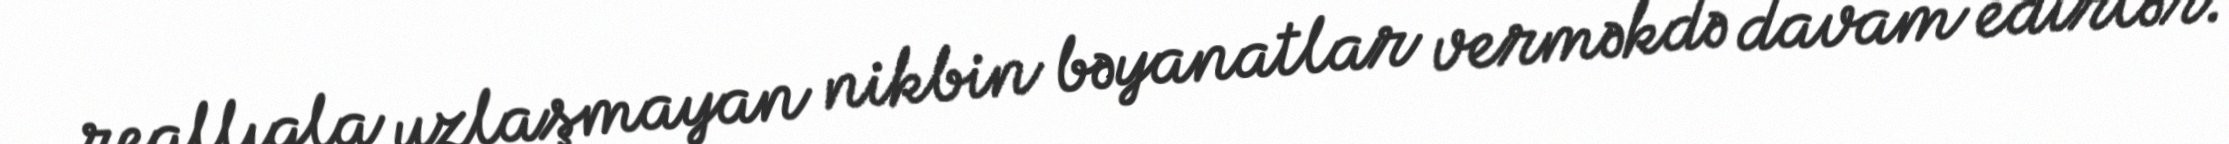
reallıqla uzlaşmayan nikbin bəyanatlar verməkdə davam edirlər.